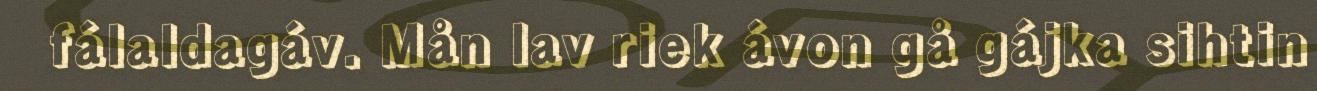
fálaldagáv. Mån lav riek ávon gå gájka sihtin